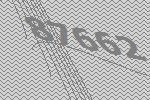
87662